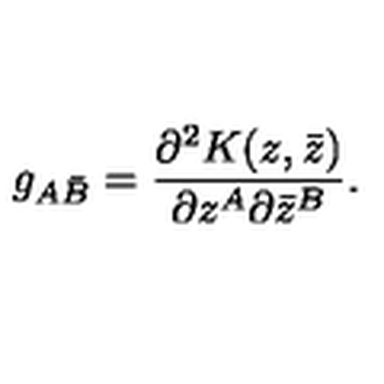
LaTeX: g _ { A \bar { B } } = \frac { \partial ^ { 2 } K ( z , \bar { z } ) } { \partial z ^ { A } \partial \bar { z } ^ { B } } .